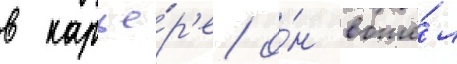
в карье́р'е о́н вошё́л